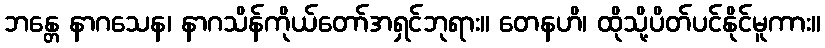
ဘန္တေ နာဂသေန၊ နာဂသိန်ကိုယ်တော်အရှင်ဘုရား။ တေနဟိ၊ ထိုသို့ပိတ်ပင်နိုင်မူကား။